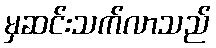
မှဆင်းသက်လာသည်